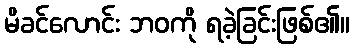
မိခင်လောင်း ဘဝကို ရခဲ့ခြင်းဖြစ်၏။